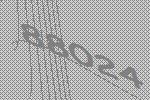
88024